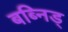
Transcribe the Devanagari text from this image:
बब्निड्